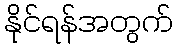
နိုင်ရန်အတွက်